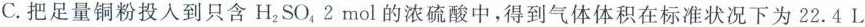
C.把足量铜粉投入到只含H_{2}SO_{4}2mol的浓硫酸中，得到气体体积在标准状况下为22.4L